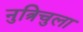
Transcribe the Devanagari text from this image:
नुत्रिचुला